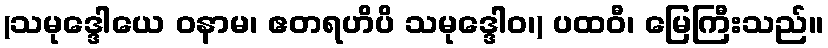
(သမုဒ္ဒေါယေ ဝနာမ၊ ဧတရဟိပိ သမုဒ္ဒေါဝ၊) ပထဝီ၊ မြေကြီးသည်။